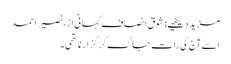
مزید دیکھیے: شوق انصاف کہانی از، نصیر احمد
اسے آج کی رات جاگ کر گزارنا تھی۔